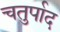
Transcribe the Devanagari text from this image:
चतुर्पाद